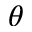
\theta